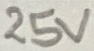
Text: 25V